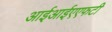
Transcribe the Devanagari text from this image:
आईआईएएफटी